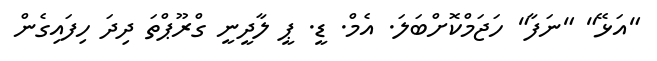
"އަޅޭ" "ނަފާ" ހަޖަމްކޮށްބަލަ. އެމް. ޑީ. ޕީ ލާދީނީ ގްރޫޕްތަ ދިދަ ހިފައިގެން